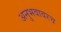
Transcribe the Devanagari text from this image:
अनुभवावरच